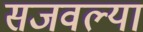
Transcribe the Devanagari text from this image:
सजवल्या